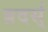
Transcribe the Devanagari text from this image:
ब्रदर्स्